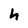
Character: h